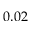
0 . 0 2